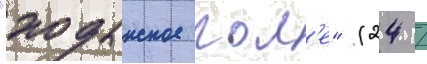
"ходынское пол'е" (24 /